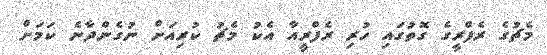
މެޗުގެ ރެފްރީގެ ގޮތުގައި ހުރި ރެފްރީއާ އެކު މެޗު ކުރިއަށް ނުގެންދާނެ ކަމަށް